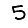
Digit: 5